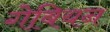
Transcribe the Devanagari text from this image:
गेबियन